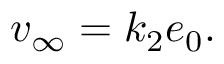
v _ { \infty } = k _ { 2 } e _ { 0 } .